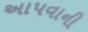
અાપવાની